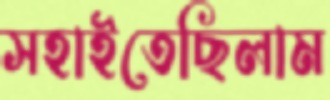
সহাইতেছিলাম